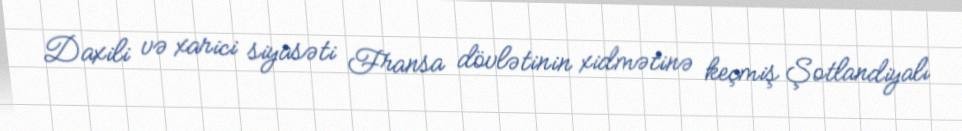
Daxili və xarici siyasəti Fransa dövlətinin xidmətinə keçmiş Şotlandiyalı